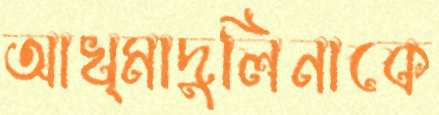
আখ্মাদুলিনাকে